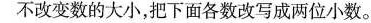
不改变数的大小，把下面各数改写成两位小数。